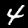
Label: 4